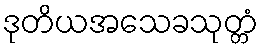
ဒုတိယအသေခသုတ္တံ